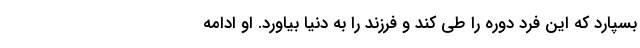
بسپارد که این فرد دوره را طی کند و فرزند را به دنیا بیاورد. او ادامه